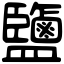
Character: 鹽